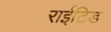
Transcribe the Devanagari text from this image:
राईटिड